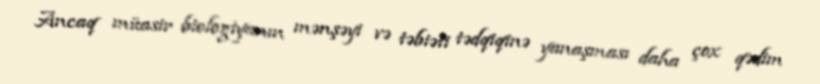
Ancaq müasir biologiyanın mənşəyi və təbiəti tədqiqinə yanaşması daha çox qədim